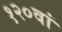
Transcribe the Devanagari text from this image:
१२०वां